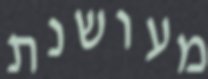
מעושנת